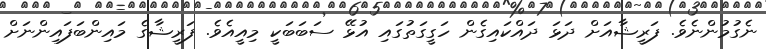
ނެގުމުންނެވެ. ފަރީޝާއަށް ދަޅަ ދައްކައިގެން ހަގީގަތުގައި އުޅޭ ސަބަބަކީ މިއީއެވެ. ފަރީޝާގެ މައިންބަފައިންނަށް